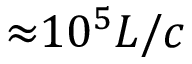
{ \approx } 1 0 ^ { 5 } L / c